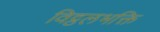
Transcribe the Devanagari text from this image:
विट्ठलभक्ति